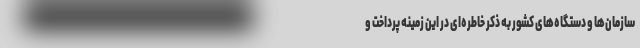
سازمان‌ها و دستگاه‌های کشور به ذکر خاطره‌ای در این زمینه پرداخت و